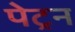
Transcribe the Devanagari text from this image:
पेट्रन